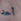
أحد